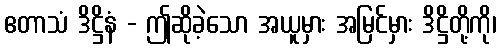
ဧတာသံ ဒိဋ္ဌိနံ - ဤဆိုခဲ့သော အယူမှား အမြင်မှား ဒိဋ္ဌိတို့ကို၊